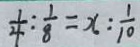
\frac { 1 } { 4 } : \frac { 1 } { 8 } = x : \frac { 1 } { 1 0 }